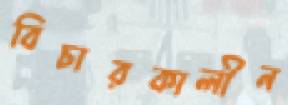
বিচারকালীন